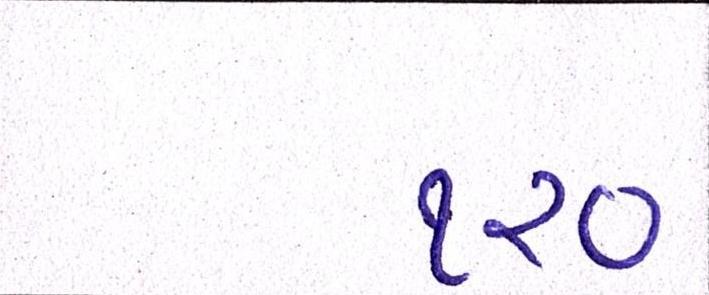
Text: ૧૨૦